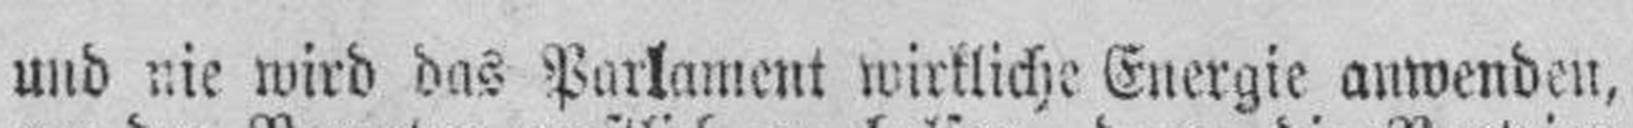
und nie wird das Purlament wirkliche Energie anwenden,